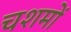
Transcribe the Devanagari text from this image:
चशमों